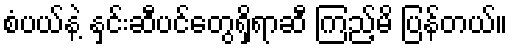
စံပယ်နဲ့ နှင်းဆီပင်တွေရှိရာဆီ ကြည့်မိ ပြန်တယ်။